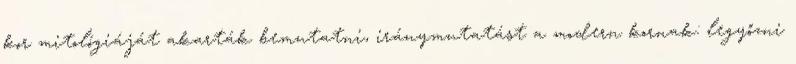
kor mitológiáját akarták bemutatni, iránymutatást a modern kornak: legyőzni